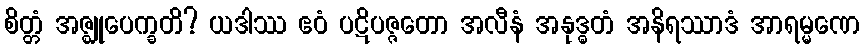
စိတ္တံ အဇ္ဈုပေက္ခတိ? ယဒါဿ ဧဝံ ပဋိပဇ္ဇတော အလီနံ အနုဒ္ဓတံ အနိရဿာဒံ အာရမ္မဏေ